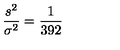
\frac { s ^ { 2 } } { \sigma ^ { 2 } } = \frac { 1 } { 3 9 2 }